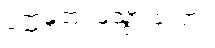
ပက္ကမတု၊ ဖဲသွားလော့။